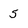
Character: 5